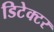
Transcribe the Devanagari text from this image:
डिटेक्‍टर